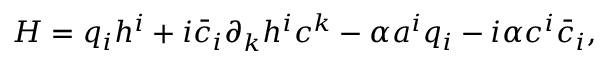
{ \cal H } = q _ { i } h ^ { i } + i \bar { c } _ { i } \partial _ { k } h ^ { i } c ^ { k } - \alpha a ^ { i } q _ { i } - i \alpha c ^ { i } \bar { c } _ { i } ,